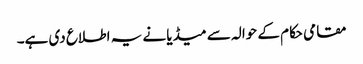
مقامی حکام کے حوالہ سے میڈیا نے یہ اطلاع دی ہے۔